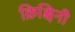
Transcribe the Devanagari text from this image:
क्रिश्चिनी